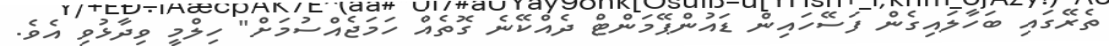
ތެރޭގައި ބަހާލައިގެން ފަސޭހައިން ޑައުންޕޭމަންޓް ދެއްކޭނެ ގޮތެއް ހަމަޖެއްސުމަށް" ހިލްމީ ވިދާޅުވި އެވެ.